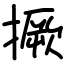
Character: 撅